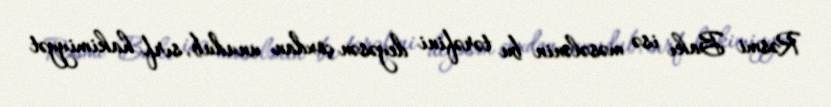
Rəsmi Bakı isə məsələnin bu tərəfini deyəsən çoxdan unudub, sırf hakimiyyət